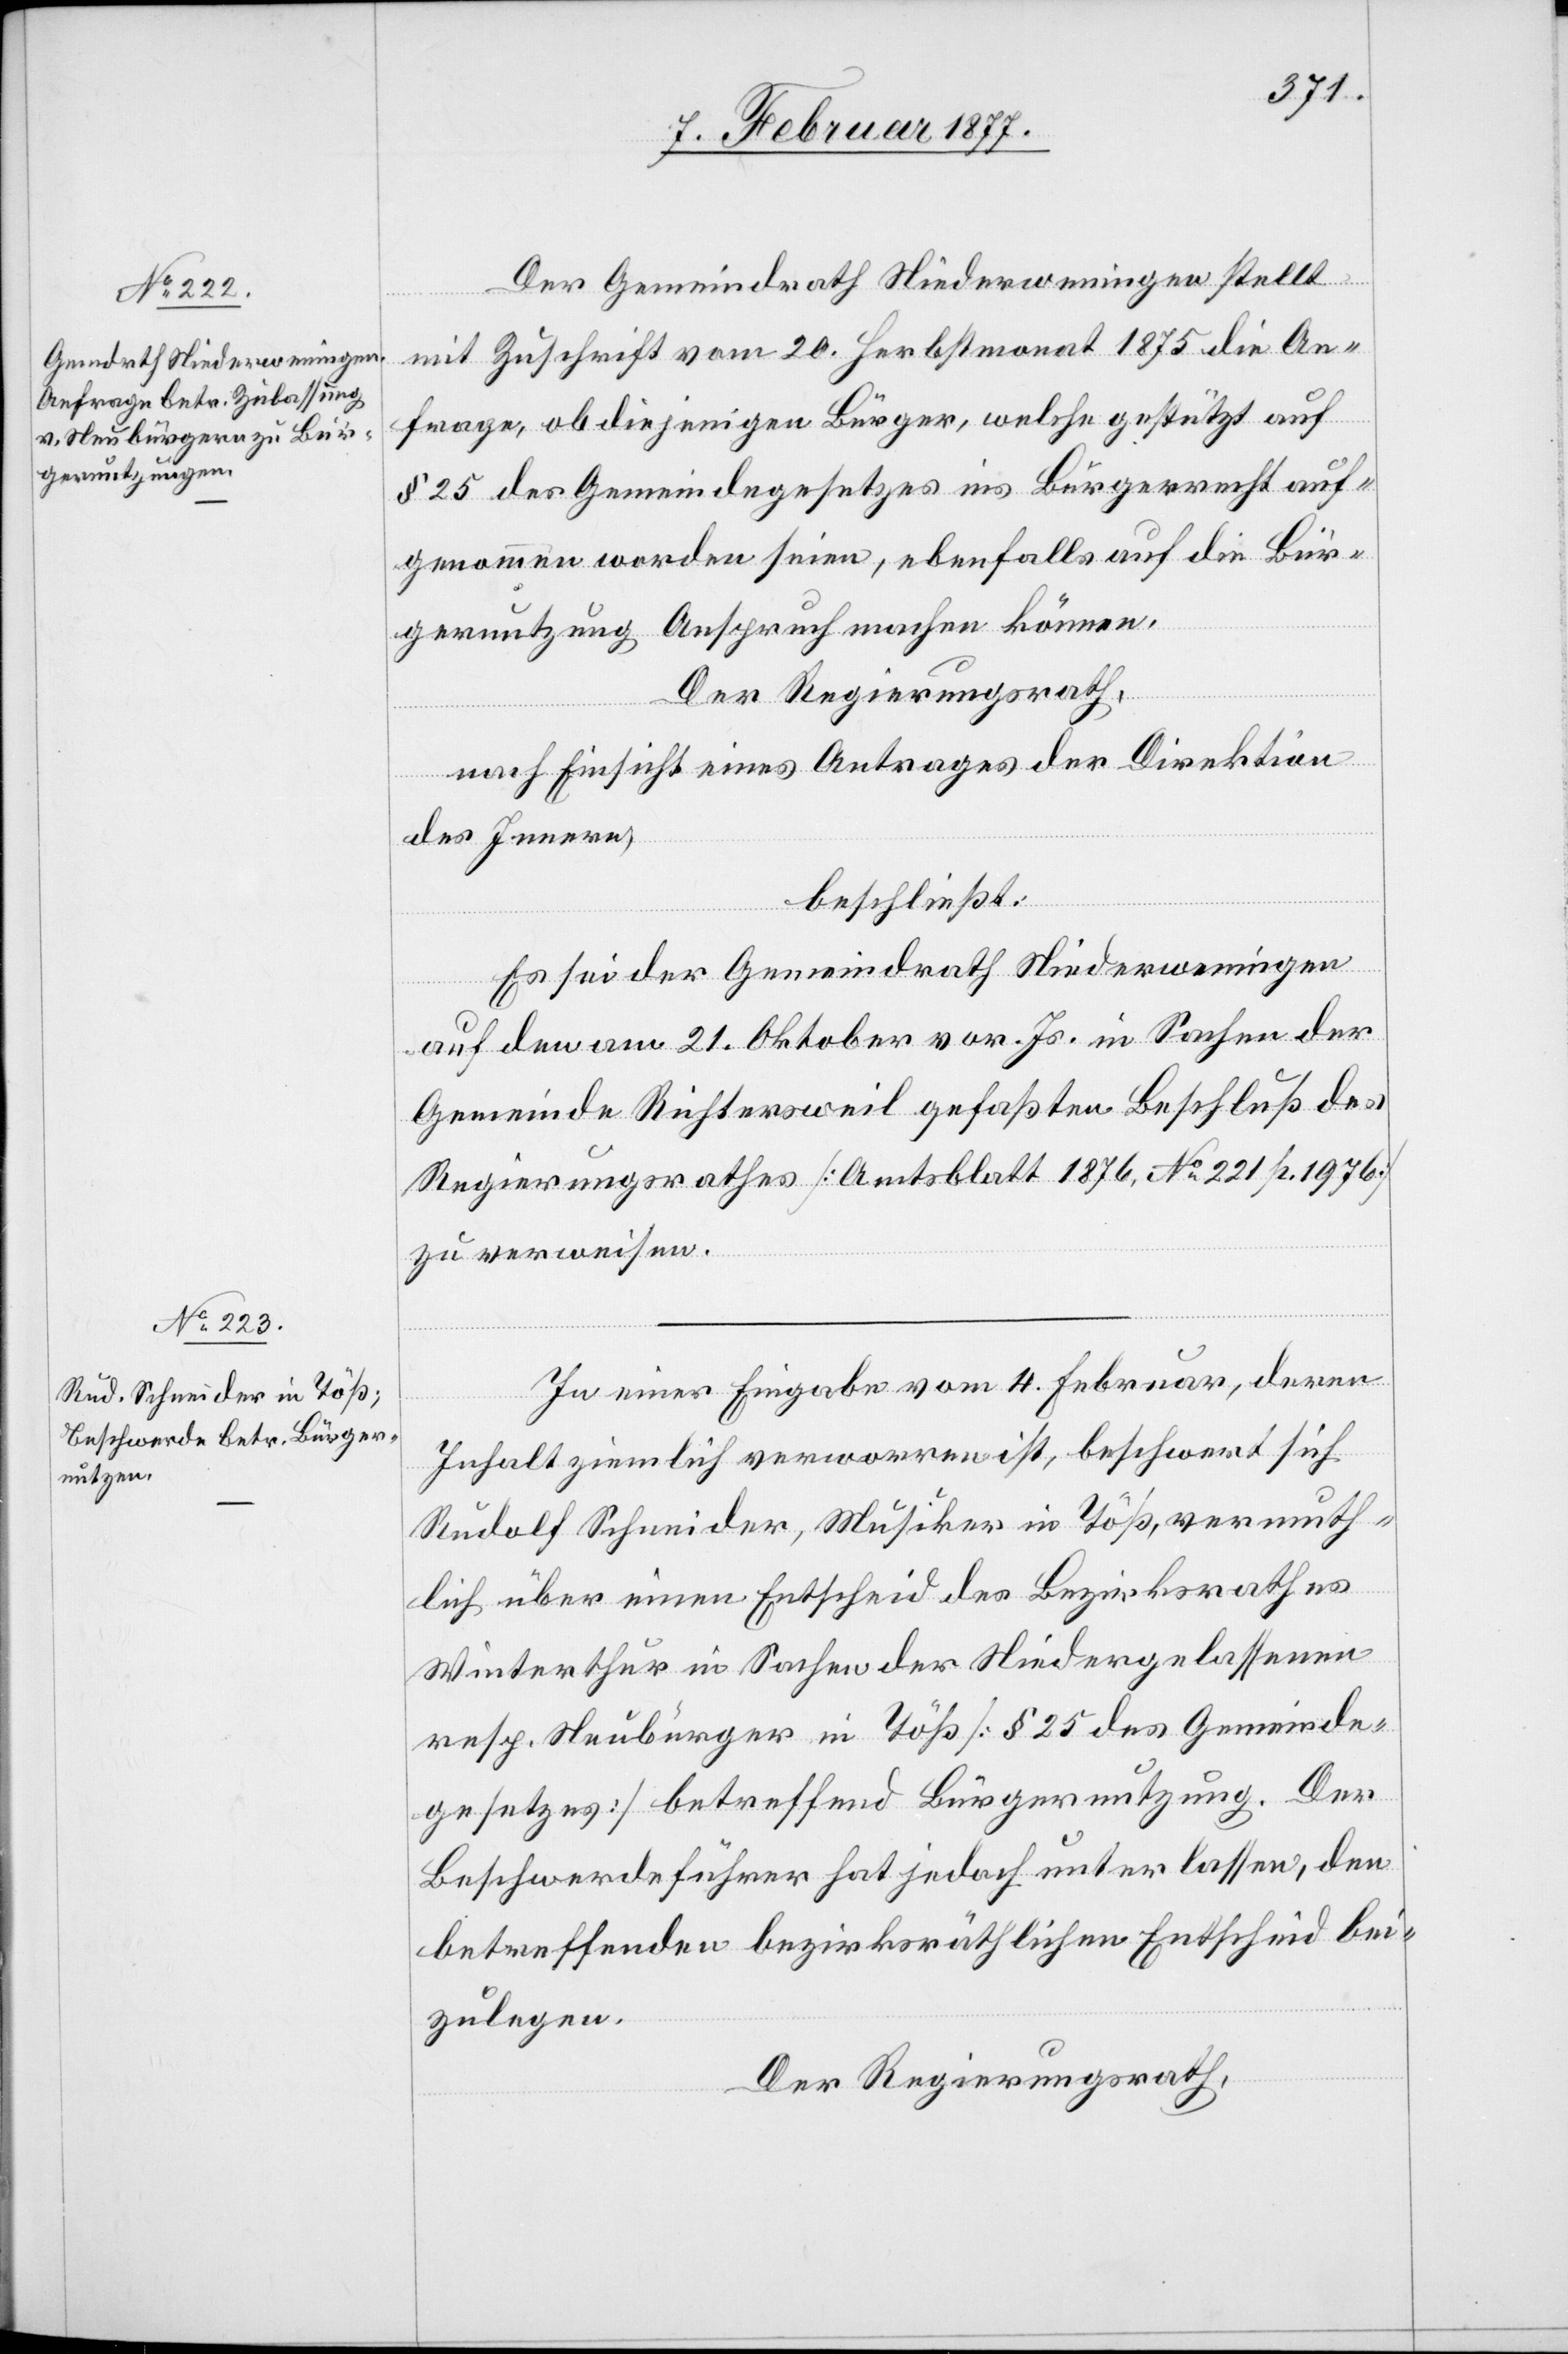
Der Gemeindrath Niederweningen stellt
mit Zuschrift vom 20. Herbstmonat 1875 die An¬
frage, ob diejenigen Bürger, welche gestützt auf
§ 25 des Gemeindegesetzes ins Bürgerrecht auf¬
genommen worden seien, ebenfalls auf die Bür¬
gernutzung Anspruch machen können.
Der Regierungsrath,
nach Einsicht eines Antrages der Direktion
des Innern,
beschließt:
Es sei der Gemeindrath Niederweningen
auf den am 21. Oktober vor. Js. in Sachen der
Gemeinde Richtersweil gefaßten Beschluß des
Regierungsrathes [Amtsblatt 1876, No 221 p. 1976]
zu verweisen.
In einer Eingabe vom 4. Februar, deren
Inhalt ziemlich verworren ist, beschwert sich
Rudolf Schneider, Musiker in Töß, vermuth¬
lich über einen Entscheid des Bezirksrathes
Winterthur in Sachen der Niedergelassenen
resp. Neubürger in Töß [§ 25 des Gemeinde¬
gesetzes] betreffend Bürgernutzung. Der
Beschwerdeführer hat jedoch unterlassen, den
betreffenden bezirksräthlichen Entscheid bei¬
zulegen.
Der Regierungsrath,